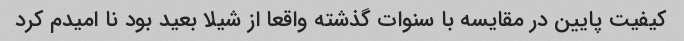
کیفیت پایین در مقایسه با سنوات گذشته واقعا از شیلا بعید بود نا امیدم کرد